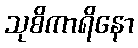
သုစိကာရိနော